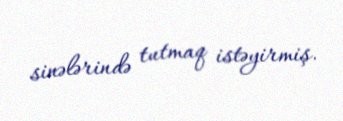
sinələrində tutmaq istəyirmiş.